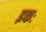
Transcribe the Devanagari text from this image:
इकः